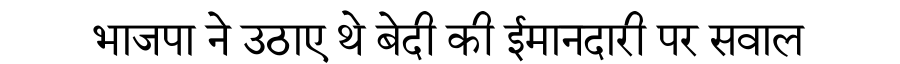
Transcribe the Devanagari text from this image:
भाजपा ने उठाए थे बेदी की ईमानदारी पर सवाल